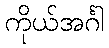
ကိုယ်အင်္ဂါ